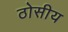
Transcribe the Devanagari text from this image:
ठोसीय